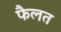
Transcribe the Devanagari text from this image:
फैलत